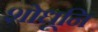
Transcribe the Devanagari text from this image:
शोधूनि